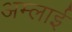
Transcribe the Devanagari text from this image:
अम्लाई